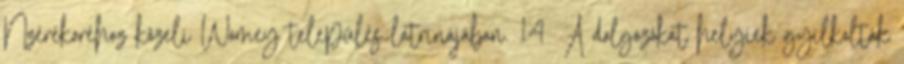
Nzérékoréhoz közeli Womey település latrinájában. 14 A dolgozókat helyiek gyilkolták